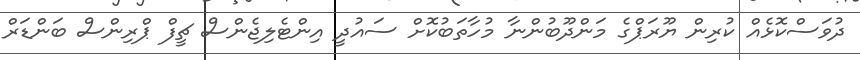
ދުވަސްކޮޅެއް ކުރިން ޔޫރަޕްގެ މަންދޫބުންނާ މުހާތަބުކޮށް ސައުދީ އިންޓެލިޖެންސް ޗީފް ޕްރިންސް ބަންޑަރް